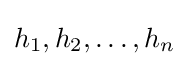
h_{1},h_{2},\ldots ,h_{n}